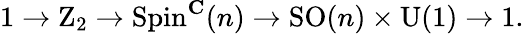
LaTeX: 1\to\mathrm{Z}_{2}\to\operatorname{Spin}^{\mathbf{C}}(n)\to\operatorname{SO}(n)\times\operatorname{U}(1)\to 1.